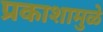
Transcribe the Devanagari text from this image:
प्रकाशामुळे